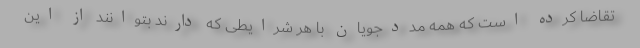
تقاضا کرده‌ است که همه مددجویان با هر شرایطی که دارند بتوانند از این